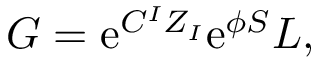
G = \mathrm { e } ^ { C ^ { I } Z _ { I } } \mathrm { e } ^ { \phi S } { L } ,